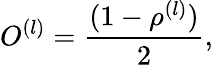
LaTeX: O^{(l)}={\frac{(1-\rho^{(l)})}{2}},